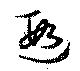
遐